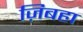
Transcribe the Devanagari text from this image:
ज़िबहा